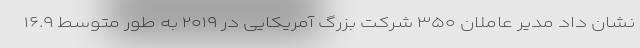
نشان داد مدیر عاملان ۳۵۰ شرکت بزرگ آمریکایی در ۲۰۱۹ به طور متوسط ۱۶.۹